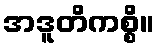
အဒူတိကစ္စိ။